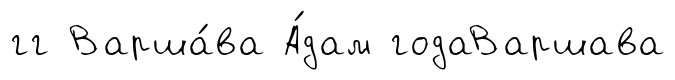
гг Варша́ва А́дам годаВаршава